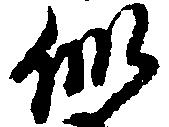
似